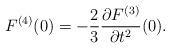
LaTeX: \begin{align*} F^{(4)}(0)=-\frac{2}{3}\frac{\partial F^{(3)}}{\partial t^2}(0).\end{align*}